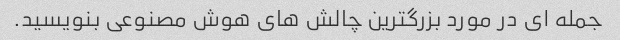
جمله ای در مورد بزرگترین چالش های هوش مصنوعی بنویسید.